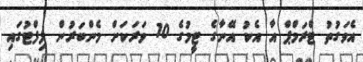
އެވަގުތު ޓްރަމްޕް އާ އެކު އޭނާގެ ޓީމުގެ 10 ވަރަކަށް މެންބަރުން ލިފްޓުގައި